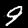
Label: 9